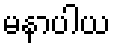
မနာပါယ